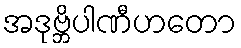
အဒုဗ္ဘိပါဏီဟတော